Papers set at the Examination for Leaving Certificates, 1895
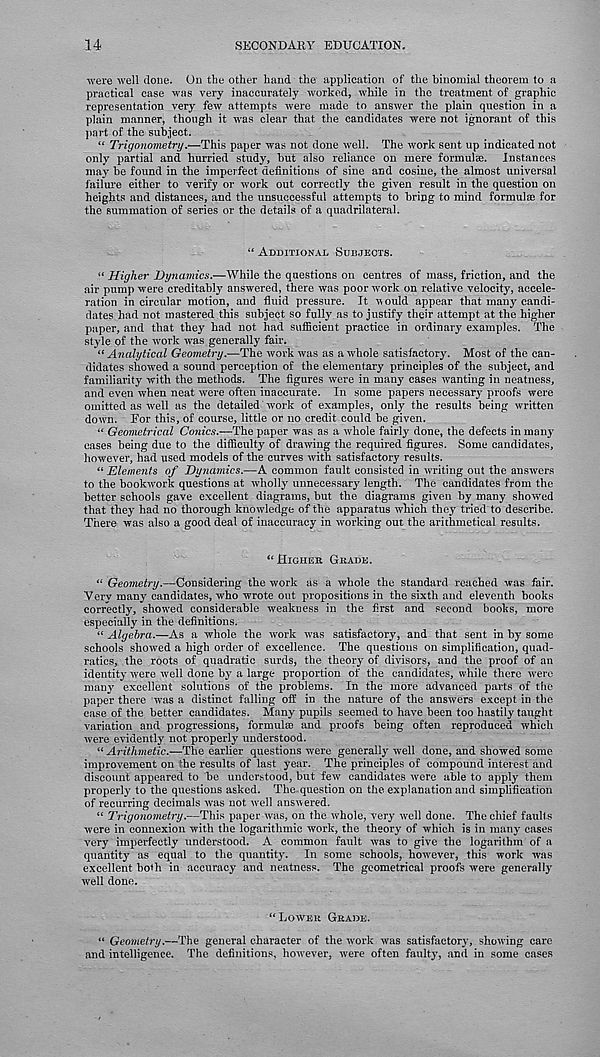
14
SECONDARY EDUCATION.
were well done. On the other hand the application of the binomial theorem to a
practical case was very inaccurately worked, while in the treatment of graphic
representation very few attempts were made to answer the plain question in a
plain manner, though it was clear that the candidates were not ignorant of this
part of the subject.
“ Trigonometry.—This paper was not done well. The work sent up indicated not
only partial and hurried study, but also reliance on mere formulae. Instances
may be found in the imperfect definitions of sine and cosine, the almost universal
failure either to verify or work out correctly the given result in the question on
heights and distances, and the unsuccessful attempts to bring to mind formulae for
the summation of series or the details of a quadrilateral.
“ ADDITIONAL SUBJECTS.
“ Higher Dynamics.—While the questions on centres of mass, friction, and the
air pump were creditably answered, there was poor work on relative velocity, accele-
ration in circular motion, and fluid pressure. It would appear that many candi-
dates had not mastered this subject so fully as to justify their attempt at the higher
paper, and that they had not had sufficient practice in ordinary examples. The
style of the work was generally fair.
“ Analytical Geometry.—The work was as a whole satisfactory. Most of the can-
didates showed a sound perception of the elementary principles of the subject, and
familiarity with the methods. The figures were in many cases wanting in neatness,
and even when neat were often inaccurate. In some papers necessary proofs were
omitted as well as the detailed work of examples, only the results being written
down. Tor this, of course, little or no credit could be given.
“ Geometrical Conics.—The paper was as a whole fairly done, the defects in many
cases being due to the difficulty of drawing the required figures. Some candidates,
however, had used models of the curves with satisfactory results.
“ Elements of Dynamics.—A common fault consisted in writing out the answers
to the bookwork questions at wholly unnecessary length. The candidates from the
better schools gave excellent diagrams, but the diagrams given by many showed
that they had no thorough knowledge of the apparatus which they tried to describe.
There was also a good deal of inaccuracy in working out the arithmetical results.
“ HIGHER GRADE.
“ Geometry.—Considering the work as a whole the standard reached was fair.
Very many candidates, who wrote out propositions in the sixth and eleventh books
correctly, showed considerable weakness in the first and second books, more
especially in the definitions.
“ Algebra.—As a whole the work was satisfactory, and that sent in by some
schools showed a high order of excellence. The questions on simplification, quad-
ratics, the roots of quadratic surds, the theory of divisors, and the proof of an
identity were well done by a large proportion of the candidates, while there were
many excellent solutions of the problems. In the more advanced parts of the
paper there was a distinct falling off in the nature of the answers except in the
case of the better candidates. Many pupils seemed to have been too hastily taught
variation and progressions, formulae and proofs being often reproduced which
were evidently not properly understood.
“ Arithmetic.—The earlier questions were generally well done, and showed some
improvement on the results of last year. The principles of compound interest and
discount appeared to be understood, but few candidates were able to apply them
properly to the questions asked. The question on the explanation and simplification
of recurring decimals was not well answered.
“ Trigonometry.—This paper was, on the whole, very well done. The chief faults
were in connexion with the logarithmic work, the theory of which is in many cases
very imperfectly understood. A common fault was to give the logarithm of a
quantity as equal to the quantity. In some schools, however, this work was
excellent both in accuracy and neatness. The geometrical proofs were generally
well done.
“LOWER GRADE.
“ Geometry.—The general character of the work was satisfactory, showing care
and intelligence. The definitions, however, were often faulty, and in some cases